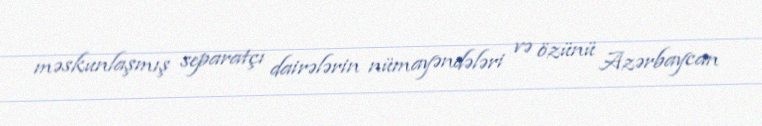
məskunlaşmış separatçı dairələrin nümayəndələri və özünü Azərbaycan